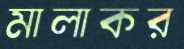
মালাকর